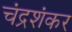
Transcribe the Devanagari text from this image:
चंद्रशंकर